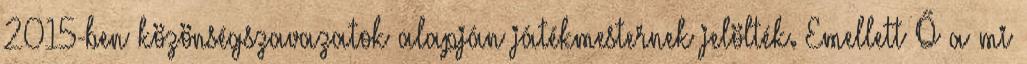
2015-ben közönségszavazatok alapján játékmesternek jelölték. Emellett Ő a mi